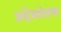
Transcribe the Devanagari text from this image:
प्रदेशांतच